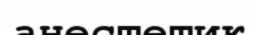
анестетик